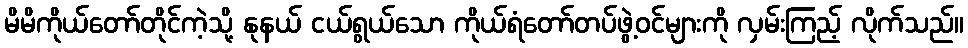
မိမိကိုယ်တော်တိုင်ကဲ့သို့ နုနယ် ငယ်ရွယ်သော ကိုယ်ရံတော်တပ်ဖွဲ့ဝင်များကို လှမ်းကြည့် လိုက်သည်။